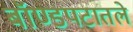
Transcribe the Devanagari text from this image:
बॉण्डपटातले